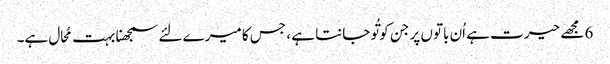
6 مجھے حیرت ہے اُن باتوں پر جن کو تُو جانتا ہے ، جس کا میرے لئے سمجھنا بہت مُحال ہے۔